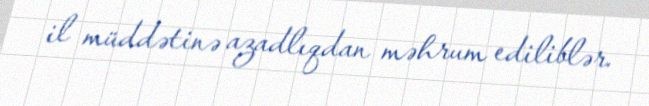
il müddətinə azadlıqdan məhrum ediliblər.